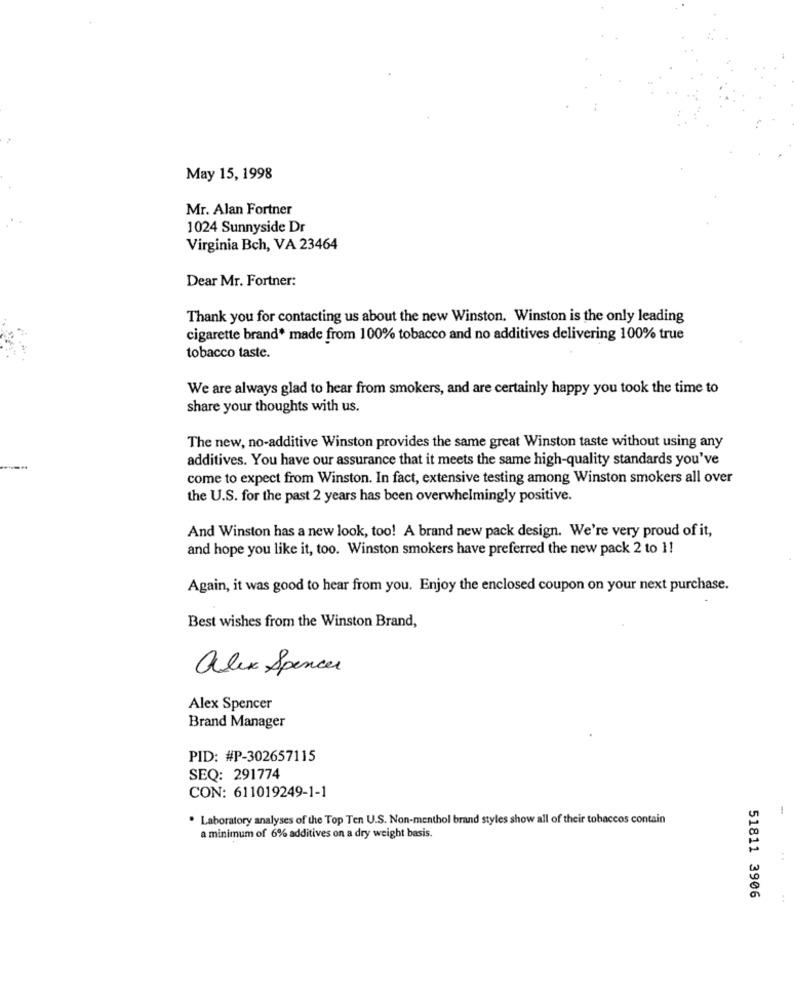
May 15, 1998
Mr. Alan Fortner
1024 Sunnyside Dr
Virginia Bch, VA 23464
Dear Mr. Fortner:
Thank you for contacting us about the new Winston. Winston is the only leading
cigarette brand* made from 100% tobacco and no additives delivering 100% true
tobacco taste.
We are always glad to hear from smokers, and are certainly happy you took the time to
share your thoughts with us.
The new, no-additive Winston provides the same great Winston taste without using any
additives. You have our assurance that it meets the same high-quality standards you've
come to expect from Winston. In fact, extensive testing among Winston smokers all over
the U.S. for the past 2 years has been overwhelmingly positive.
And Winston has a new look, too! A brand new pack design. We're very proud of it,
and hope you like it, too. Winston smokers have preferred the new pack 2 to 1!
Again, it was good to hear from you. Enjoy the enclosed coupon on your next purchase.
Best wishes from the Winston Brand,
alex Spencer
Alex Spencer
Brand Manager
PID: #P-302657115
SEQ: 291774
CON: 611019249-1-1
. Laboratory analyses of the Top Ten U.S. Non-menthol brand styles show all of their tobaccos contain
a minimum of 6% additives on a dry weight basis.
51811 3906